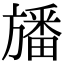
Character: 旙